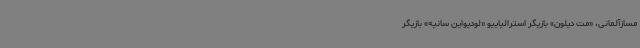
مسازآلمانی، «مت دیلون» بازیگر استرالیاییو «لودیواین سانیه» بازیگر